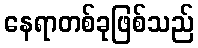
နေရာတစ်ခုဖြစ်သည်